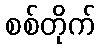
စစ်တိုက်